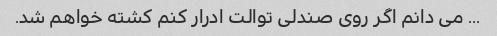
... می دانم اگر روی صندلی توالت ادرار کنم کشته خواهم شد.